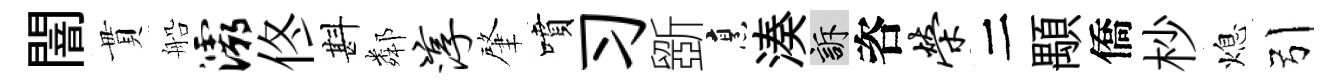
闇貫船灞佟斟鄰淳肇噴习斵烹湊訴咨荣二顒僑杪熄引